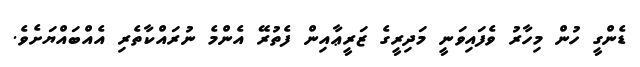
ޑެންގީ ހުން މިހާރު ވެފައިވަނީ މަދިރީގެ ޒަރީޢާއިން ފެތުރޭ އެންމެ ނުރައްކާތެރި އެއްބައްޔަށެވެ.